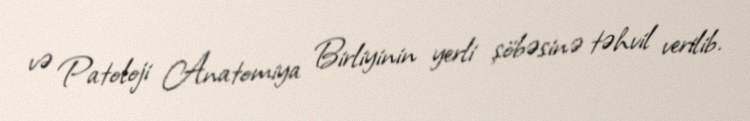
və Patoloji Anatomiya Birliyinin yerli şöbəsinə təhvil verilib.